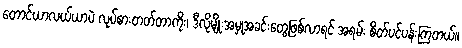
တောင်ယာလယ်ယာပဲ လုပ်စားတတ်တာကိုး၊ ဒီလိုမျိုးအမှုအခင်းတွေဖြစ်လာရင် အရမ်း စိတ်ပင်ပန်းကြတယ်။